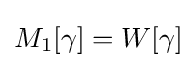
M_{1}[\gamma ]=W[\gamma ]